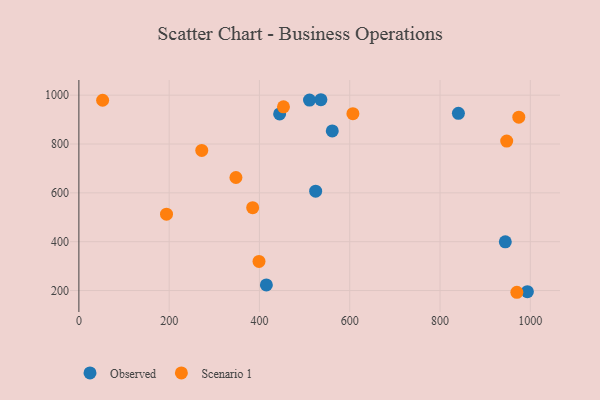
{"axis": {"x": "Price", "y": "Fuel Efficiency"}, "legend": ["Observed", "Scenario 1"], "data": [{"x": "944.6", "y": 399.3, "type": "Observed"}, {"x": "993.5", "y": 195.4, "type": "Observed"}, {"x": "840.7", "y": 925.6, "type": "Observed"}, {"x": "524.5", "y": 606.9, "type": "Observed"}, {"x": "561.3", "y": 853.4, "type": "Observed"}, {"x": "444.7", "y": 923.3, "type": "Observed"}, {"x": "536.1", "y": 981.3, "type": "Observed"}, {"x": "510.9", "y": 979.7, "type": "Observed"}, {"x": "415.3", "y": 222.9, "type": "Observed"}, {"x": "607.0", "y": 924.3, "type": "Scenario 1"}, {"x": "947.7", "y": 811.9, "type": "Scenario 1"}, {"x": "347.9", "y": 662.8, "type": "Scenario 1"}, {"x": "453.2", "y": 952.2, "type": "Scenario 1"}, {"x": "194.1", "y": 512.5, "type": "Scenario 1"}, {"x": "974.5", "y": 910.0, "type": "Scenario 1"}, {"x": "399.0", "y": 319.0, "type": "Scenario 1"}, {"x": "385.0", "y": 539.3, "type": "Scenario 1"}, {"x": "52.6", "y": 979.2, "type": "Scenario 1"}, {"x": "272.2", "y": 773.7, "type": "Scenario 1"}, {"x": "970.2", "y": 192.8, "type": "Scenario 1"}]}